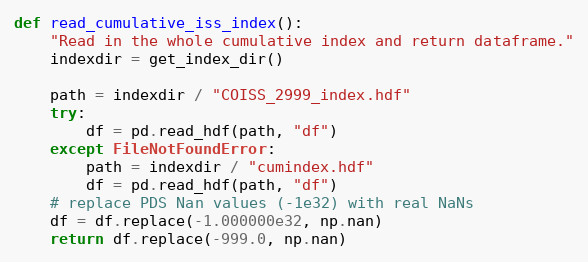
Language: Python
def read_cumulative_iss_index():
    "Read in the whole cumulative index and return dataframe."
    indexdir = get_index_dir()

    path = indexdir / "COISS_2999_index.hdf"
    try:
        df = pd.read_hdf(path, "df")
    except FileNotFoundError:
        path = indexdir / "cumindex.hdf"
        df = pd.read_hdf(path, "df")
    # replace PDS Nan values (-1e32) with real NaNs
    df = df.replace(-1.000000e32, np.nan)
    return df.replace(-999.0, np.nan)